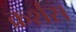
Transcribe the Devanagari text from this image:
क्रर्शस